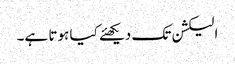
الیکشن تک دیکھئے کیا ہوتا ہے۔